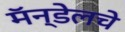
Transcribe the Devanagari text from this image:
मॅन्डेलचे